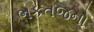
ભકતજનો